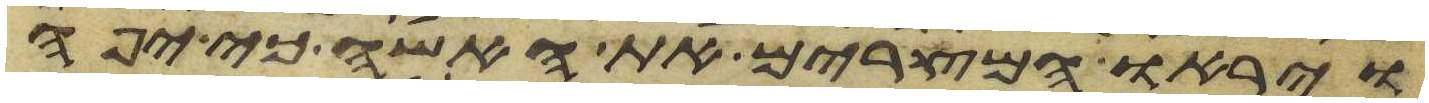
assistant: ויראו המצרים את האשה כי יפה